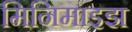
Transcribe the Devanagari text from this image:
मिनिमाइझ